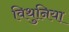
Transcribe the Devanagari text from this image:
विथुनिया